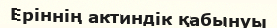
Еріннің актиндік қабынуы